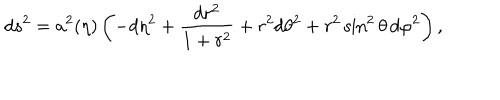
d s ^ { 2 } = a ^ { 2 } ( \eta ) \left( - d \eta ^ { 2 } + \frac { d r ^ { 2 } } { 1 + r ^ { 2 } } + r ^ { 2 } d \theta ^ { 2 } + r ^ { 2 } \sin ^ { 2 } \theta \, d \varphi ^ { 2 } \right) ,